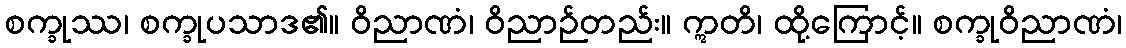
စက္ခုဿ၊ စက္ခုပသာဒ၏။ ဝိညာဏံ၊ ဝိညာဉ်တည်း။ ဣတိ၊ ထို့ကြောင့်။ စက္ခုဝိညာဏံ၊